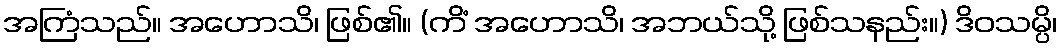
အကြံသည်။ အဟောသိ၊ ဖြစ်၏။ (ကိံ အဟောသိ၊ အဘယ်သို့ ဖြစ်သနည်း။) ဒိဝသမ္ပိ၊